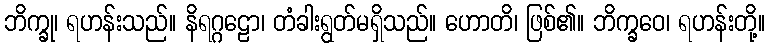
ဘိက္ခု၊ ရဟန်းသည်။ နိရဂ္ဂဠော၊ တံခါးရွတ်မရှိသည်။ ဟောတိ၊ ဖြစ်၏။ ဘိက္ခဝေ၊ ရဟန်းတို့။